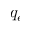
q _ { e }